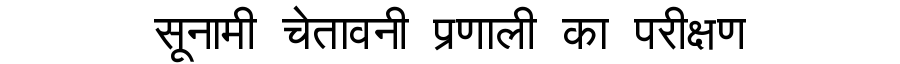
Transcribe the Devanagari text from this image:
सूनामी चेतावनी प्रणाली का परीक्षण